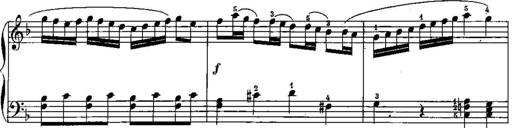
Title: Trois sonatines
Composer: Maurice Emmanuel